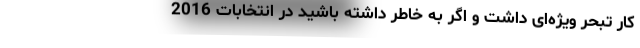
کار تبحر ویژه‌ای داشت و اگر به خاطر داشته باشید در انتخابات 2016